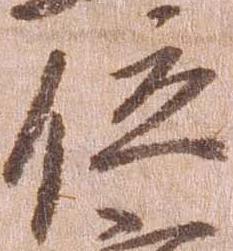
位